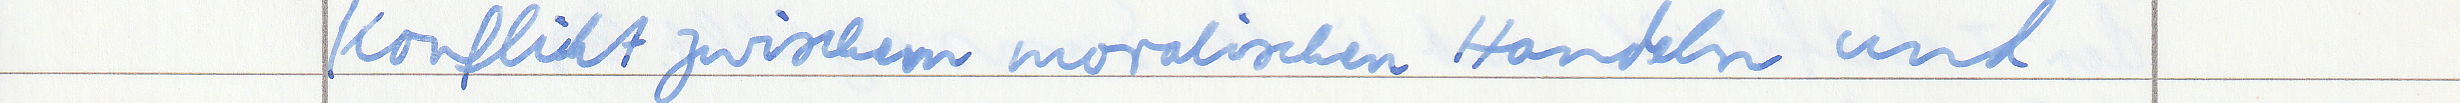
Konflikt zwischem moralischen Handeln und